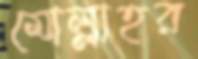
মোল্লাহর